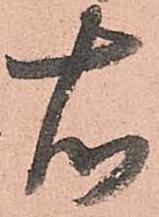
右